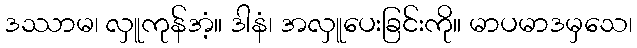
ဒဿာမ၊ လှူကုန်အံ့။ ဒါနံ၊ အလှူပေးခြင်းကို။ မာပမာဒမှသေ၊